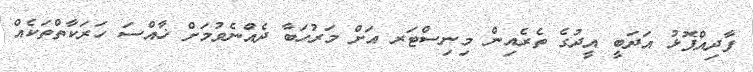
ފާދިއްޕޮޅު އަދަބީ އީދުގެ ތެރެއިން މިނިސްޓަރ އަށް މަރުހަބާ ދެއްނެވުމަށް ޚާއްސަ ހަރަކާތްތަކެއް